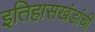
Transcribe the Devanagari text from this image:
इतिहासखंडांची